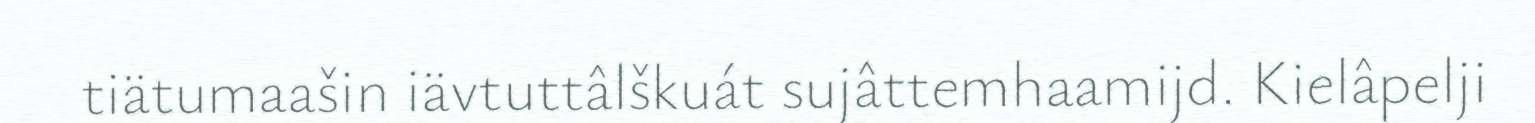
tiätumaašin iävtuttâlškuát sujâttemhaamijd. Kielâpelji